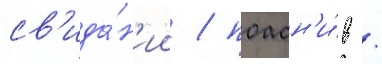
св'ида́н'ии / поасн'и́в /